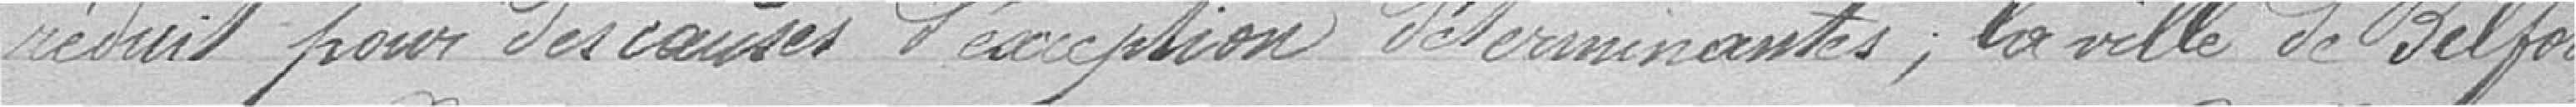
réduit pour des causes d'exception déterminantes, la ville de Belfort